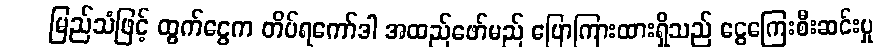
မြည်သံဖြင့် ထွက်ငွေက တိပ်ရကော်ဒါ အထည်ဖော်မည် ပြောကြားထားရှိသည် ငွေကြေးစီးဆင်းမှု